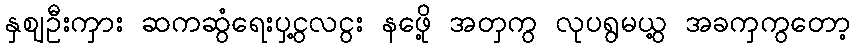
နှဈဦးကှား ဆကဆွံရေးပှငွ့လငွး နဖေို့ အတှကွ လုပရွမယွ့ အခကှကွတော့